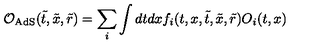
{ \cal { O } } _ { \mathrm { A d S } } ( \tilde { t } , \tilde { x } , \tilde { r } ) = \sum _ { i } \int d t d x f _ { i } ( t , x , \tilde { t } , \tilde { x } , \tilde { r } ) O _ { i } ( t , x )